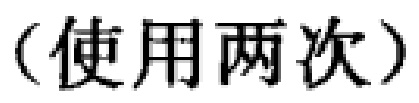
（使用两次）